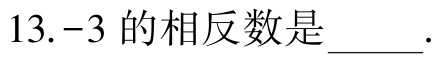
13.-3 的相反数是____.